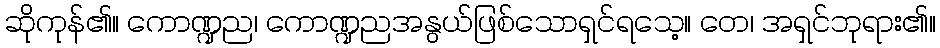
ဆိုကုန်၏။ ကောဏ္ဍည၊ ကောဏ္ဍညအနွယ်ဖြစ်သောရှင်ရသေ့။ တေ၊ အရှင်ဘုရား၏။